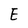
Character: E